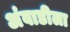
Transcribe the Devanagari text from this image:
अंबाडीला